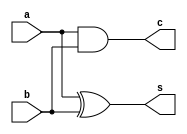
`timescale 1ns/1ps
module half_adder_behavioral (
  input a,    // Input 'a'
  input b,    // Input 'b'
  output s,   // Output 's' (Sum)
  output c    // Output 'c' (Carry)
);

  assign s = a ^ b;  // XOR operation for sum
  assign c = a & b;  // AND operation for carry

endmodule